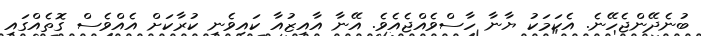
ބުނެދޭންޖެހޭނެ. އެކަމަކު ޔާނާ ހާސްވެއްޖެއެވެ. އޭނާ އާއިޒުއާ ކައިވެނި ކުރާކަށް އެއްވެސް ގޮތެއްގައި